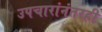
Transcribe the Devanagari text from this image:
उपचारांनंतरही